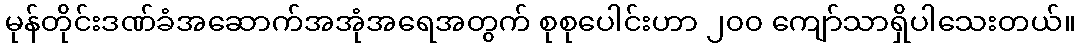
မုန်တိုင်းဒဏ်ခံအဆောက်အအုံအရေအတွက် စုစုပေါင်းဟာ ၂၀၀ ကျော်သာရှိပါသေးတယ်။